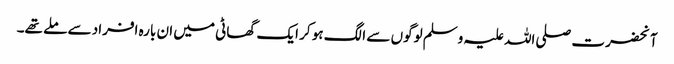
آنحضرت صلی اللہ علیہ وسلم لوگوں سے الگ ہو کر ایک گھاٹی میں ان بارہ افراد سے ملے تھے۔